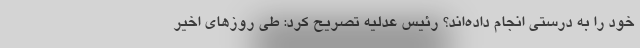
خود را به درستی انجام داده‌اند؟ رئیس عدلیه تصریح کرد: طی روزهای اخیر